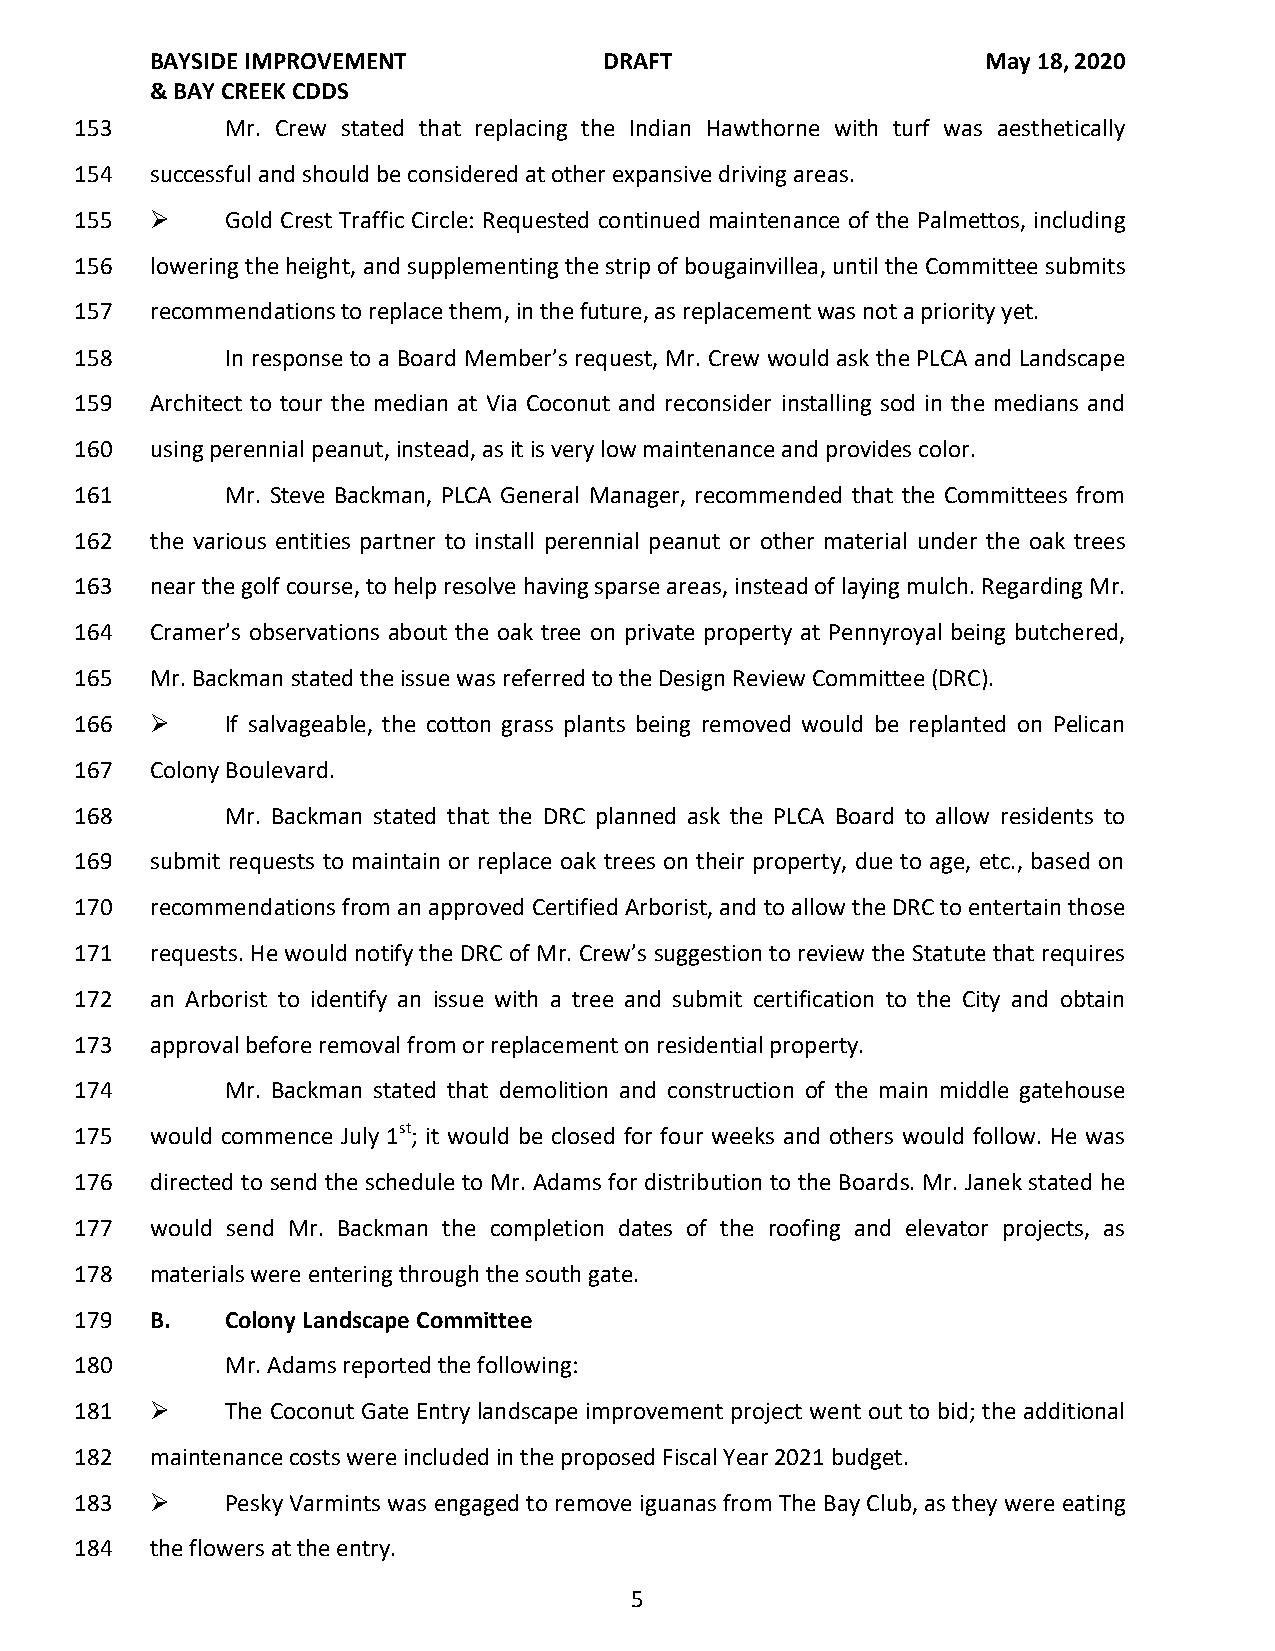
BAYSIDE IMPROVEMENT           DRAFT                    May 18, 2020
 & BAY CREEK CDDS
 153       Mr. Crew stated that replacing the Indian Hawthorne with turf was aesthetically
 154  successful and should be considered at other expansive driving areas.
 155      Gold Crest Traffic Circle: Requested continued maintenance of the Palmettos, including
 156  lowering the height, and supplementing the strip of bougainvillea, until the Committee submits
 157  recommendations to replace them, in the future, as replacement was not a priority yet.
 158       In response to a Board Member’s request, Mr. Crew would ask the PLCA and Landscape
 159  Architect to tour the median at Via Coconut and reconsider installing sod in the medians and
 160  using perennial peanut, instead, as it is very low maintenance and provides color.
 161       Mr. Steve Backman, PLCA General Manager, recommended that the Committees from
 162  the various entities partner to install perennial peanut or other material under the oak trees
 163  near the golf course, to help resolve having sparse areas, instead of laying mulch. Regarding Mr.
 164  Cramer’s observations about the oak tree on private property at Pennyroyal being butchered,
 165  Mr. Backman stated the issue was referred to the Design Review Committee (DRC).
 166      If salvageable, the cotton grass plants being removed would be replanted on Pelican
 167  Colony Boulevard.
 168       Mr. Backman stated that the DRC planned ask the PLCA Board to allow residents to
 169  submit requests to maintain or replace oak trees on their property, due to age, etc., based on
 170  recommendations from an approved Certified Arborist, and to allow the DRC to entertain those
 171  requests. He would notify the DRC of Mr. Crew’s suggestion to review the Statute that requires
 172  an Arborist to identify an issue with a tree and submit certification to the City and obtain
 173  approval before removal from or replacement on residential property.
 174       Mr. Backman stated that demolition and construction of the main middle gatehouse
 175  would commence July 1st; it would be closed for four weeks and others would follow. He was
 176  directed to send the schedule to Mr. Adams for distribution to the Boards. Mr. Janek stated he
 177  would send Mr. Backman the completion dates of the roofing and elevator projects, as
 178  materials were entering through the south gate.
 179  B.   Colony Landscape Committee
 180       Mr. Adams reported the following:
 181      The Coconut Gate Entry landscape improvement project went out to bid; the additional
 182  maintenance costs were included in the proposed Fiscal Year 2021 budget.
 183      Pesky Varmints was engaged to remove iguanas from The Bay Club, as they were eating
 184  the flowers at the entry.
 5